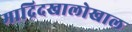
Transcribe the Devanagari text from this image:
माद्रिदखालोखाल